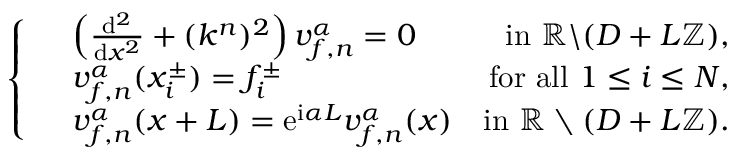
\left\{ \begin{array} { r l r } & { \left( \frac { \mathrm { d } ^ { 2 } } { \mathrm { d } x ^ { 2 } } + ( k ^ { n } ) ^ { 2 } \right) v _ { f , n } ^ { \alpha } = 0 } & { \mathrm { i n ~ } \mathbb { R } \backslash ( D + L \mathbb { Z } ) , } \\ & { v _ { f , n } ^ { \alpha } ( x _ { i } ^ { \pm } ) = f _ { i } ^ { \pm } } & { \mathrm { f o r ~ a l l ~ } 1 \leq i \leq N , } \\ & { v _ { f , n } ^ { \alpha } ( x + L ) = \mathrm { e } ^ { \mathrm { i } \alpha L } v _ { f , n } ^ { \alpha } ( x ) } & { \mathrm { i n ~ } \mathbb { R } \setminus ( D + L \mathbb { Z } ) . } \end{array} \right.